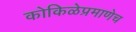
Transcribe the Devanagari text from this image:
कोकिळेप्रमाणेच